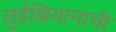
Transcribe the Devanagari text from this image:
लुईझियानाची